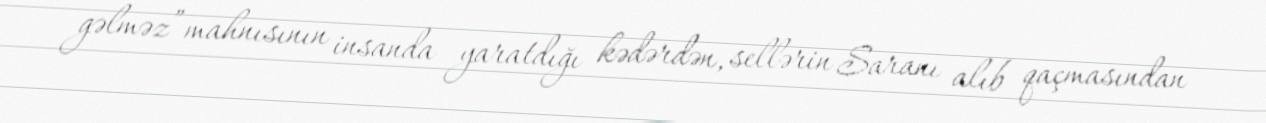
gəlməz” mahnısının insanda yaratdığı kədərdən, sellərin Saranı alıb qaçmasından